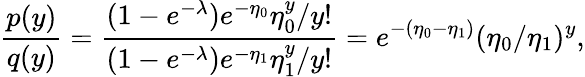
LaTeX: \frac{p(y)}{q(y)}=\frac{(1-e^{-\lambda})e^{-\eta_{0}}\eta_{0}^{y}/y!}{(1-e^{-\lambda})e^{-\eta_{1}}\eta_{1}^{y}/y!}=e^{-(\eta_{0}-\eta_{1})}(\eta_{0}/\eta_{1})^{y},